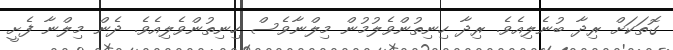
ގޮތަކަށް ރިދާ ބުނެލިއެވެ. ރިދާ ހިނިތުންވެލުމުން މިލްނާވެސް ހިނިތުންވެލިއެވެ. ދެން މިލްނާ ފެށީ